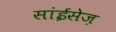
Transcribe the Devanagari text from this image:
सांईसेज़